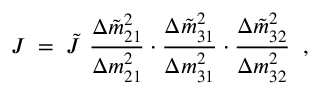
J \; = \; \tilde { J } ~ \frac { \Delta \tilde { m } _ { 2 1 } ^ { 2 } } { \Delta m _ { 2 1 } ^ { 2 } } \cdot \frac { \Delta \tilde { m } _ { 3 1 } ^ { 2 } } { \Delta m _ { 3 1 } ^ { 2 } } \cdot \frac { \Delta \tilde { m } _ { 3 2 } ^ { 2 } } { \Delta m _ { 3 2 } ^ { 2 } } \; \; ,